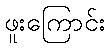
ဖူးကြောင်း